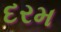
દરમ